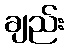
ချည်း